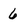
Character: 6